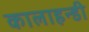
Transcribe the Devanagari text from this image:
कालाहन्डी